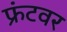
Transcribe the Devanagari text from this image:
फ्रंटवर